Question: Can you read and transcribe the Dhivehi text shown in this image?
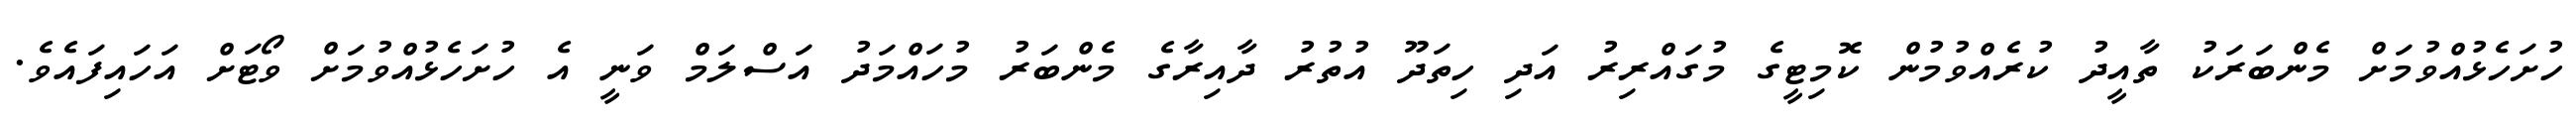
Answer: ހުށަހެޅުއްވުމަށް މެންބަރަކު ތާއީދު ކުރެއްވުމުން ކޮމިޓީގެ މުގައްރިރު އަދި ހިތަދޫ އުތުރު ދާއިރާގެ މެންބަރު މުހައްމަދު އަސްލަމް ވަނީ އެ ހުށަހެޅުއްވުމަށް ވޯޓަށް އަހައިފައެވެ.